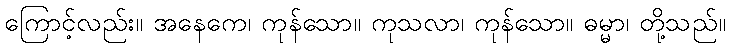
ကြောင့်လည်း။ အနေကေ၊ ကုန်သော။ ကုသလာ၊ ကုန်သော။ ဓမ္မာ၊ တို့သည်။